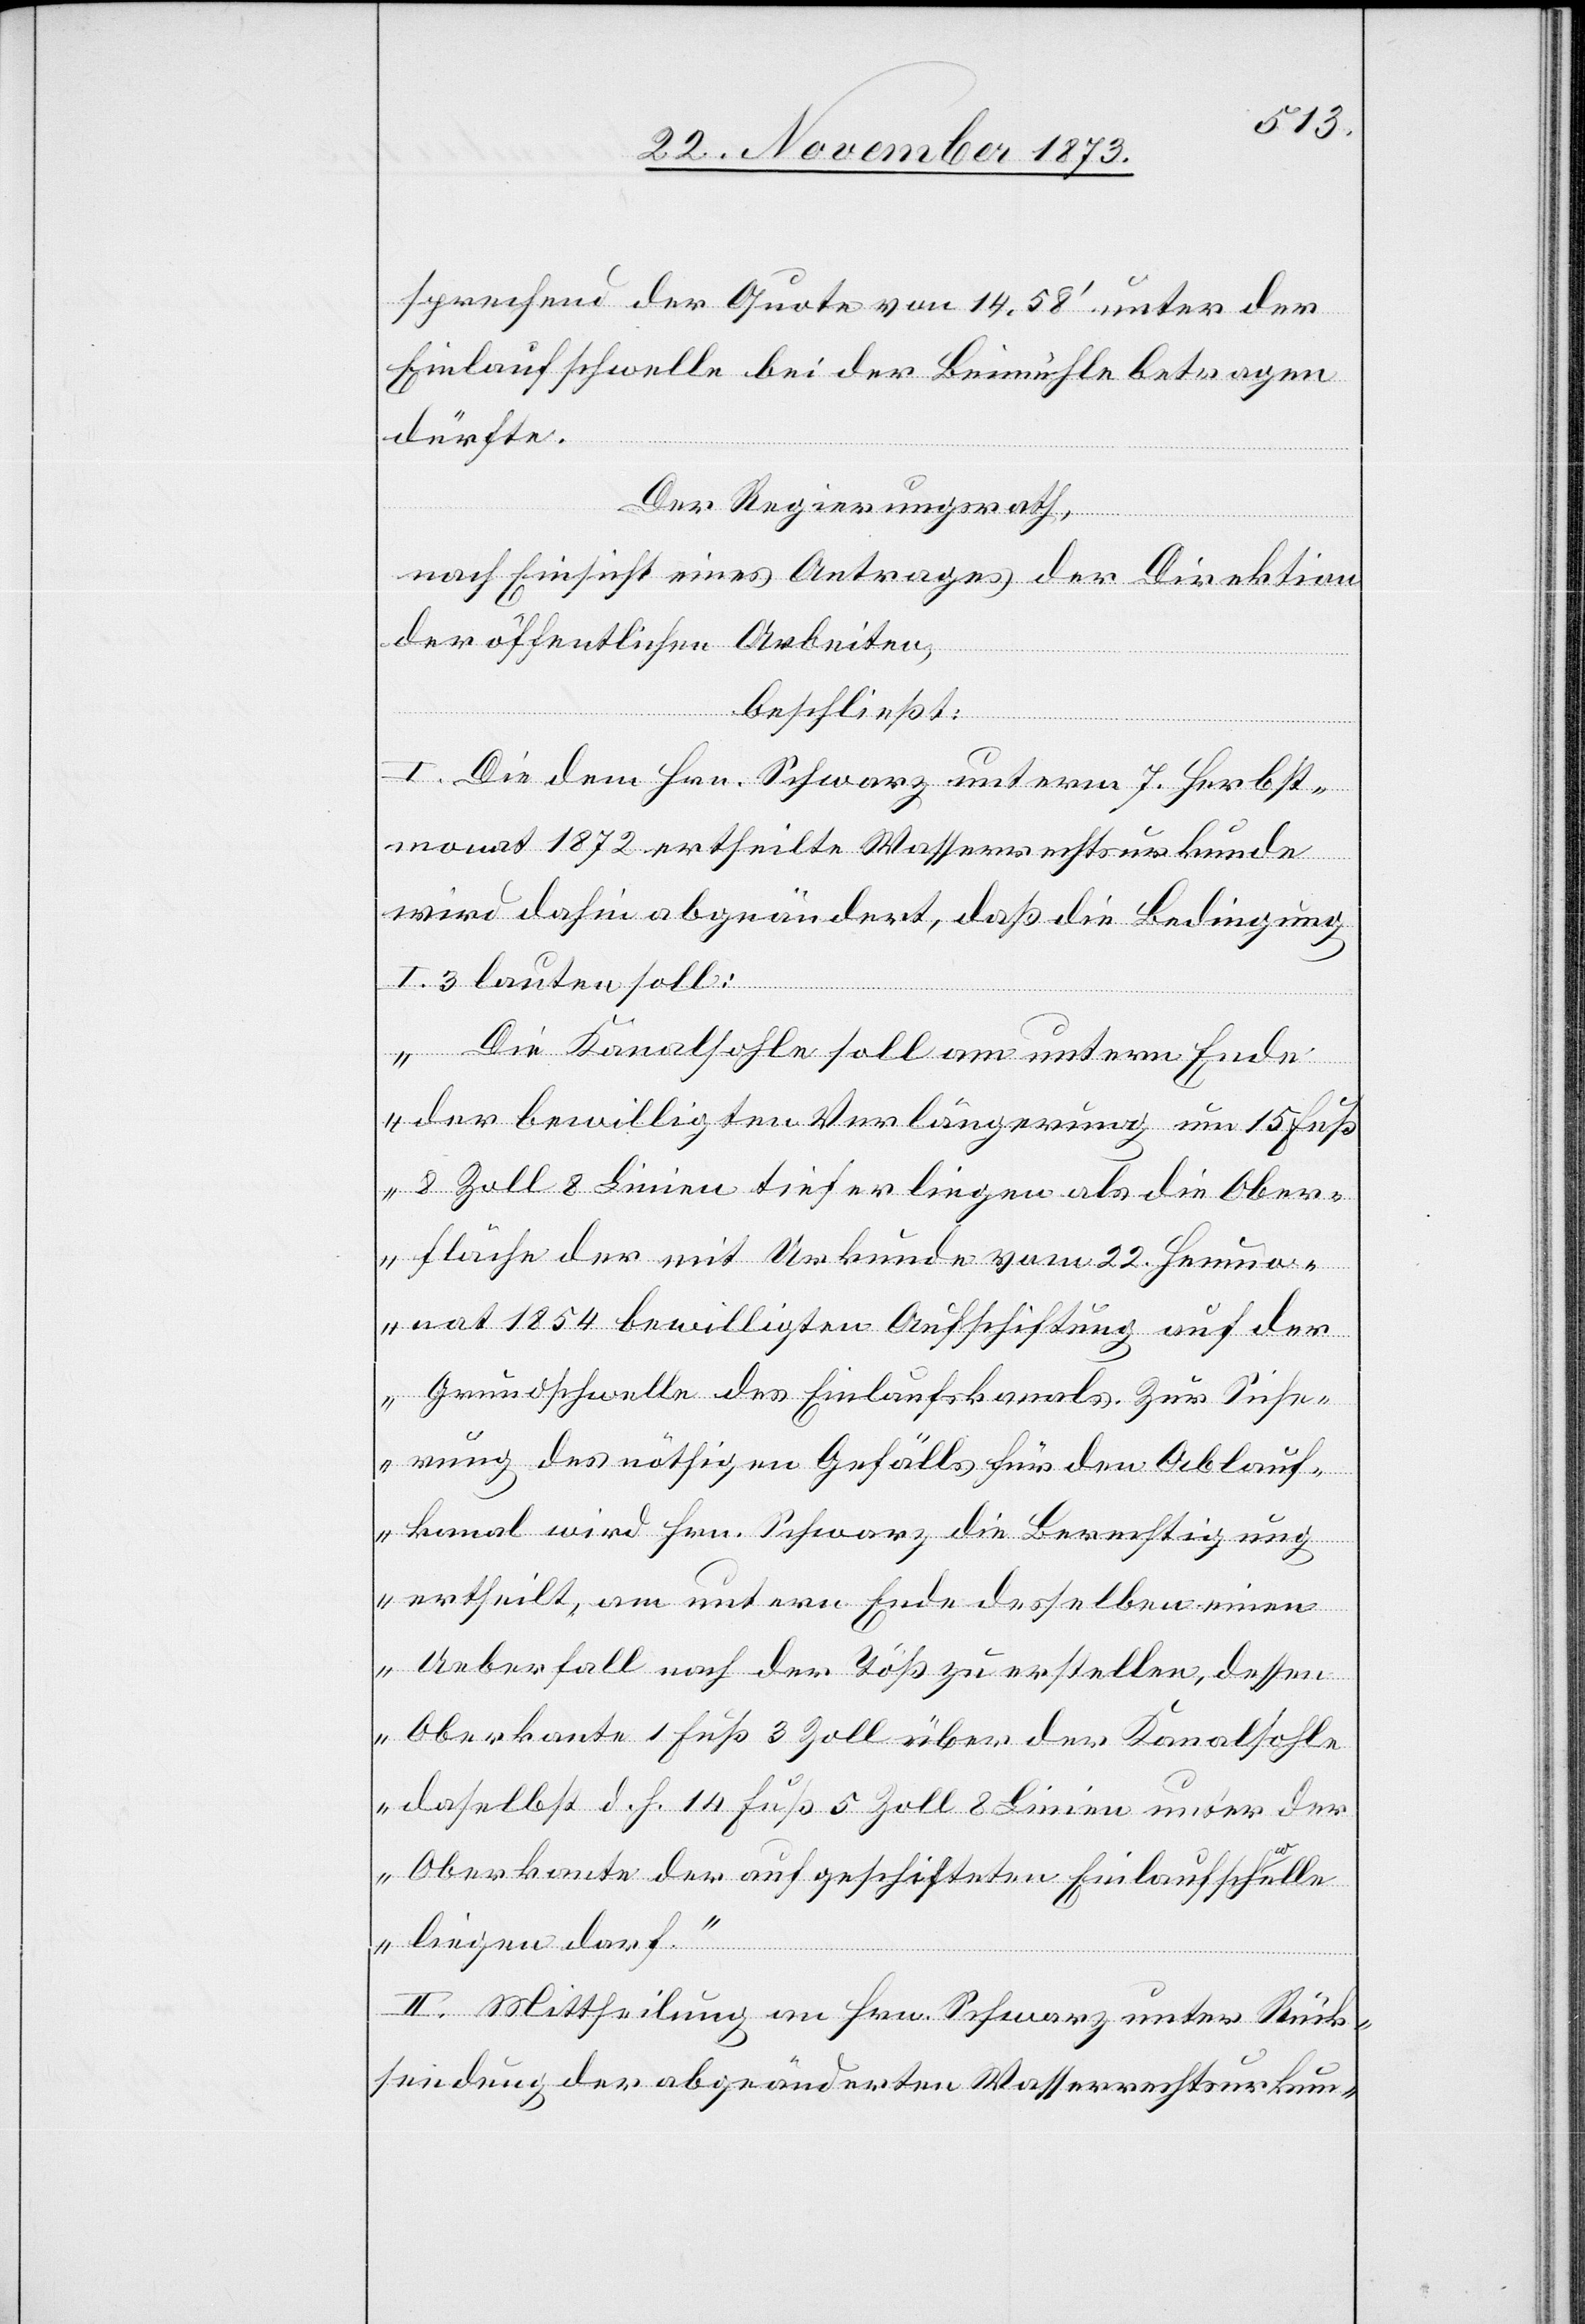
sprechend der Quote von 14,58‘ unter der
Einlaufschwelle bei der Beimühle betragen
dürfte.
Der Regierungsrath,
nach Einsicht eines Antrages der Direktion
der öffentlichen Arbeiten,
beschließt:
I. Die dem Hrn. Schwarz unterm 7. Herbst¬
monat 1872 ertheilte Wasserrechtsurkunde
wird dahin abgeändert, daß die Bedingung
I. 3 lauten soll:
„Die Kanalsohle soll am untern Ende
der bewilligten Verlängerung um 15 Fuß
8 Zoll 8 Linien tiefer liegen als die Ober¬
fläche der mit Urkunde vom 22. Heumo¬
nat 1854 bewilligten Aufschiftung auf der
Grundschwelle des Einlaufskanals. Zur Siche¬
rung des nöthigen Gefälls für den Ablauf¬
kanal wird Hrn. Schwarz die Berechtigung
ertheilt, am untern Ende desselben einen
Ueberfall nach der Töß zu erstellen, dessen
Oberkante 1 Fuß 3 Zoll über der Kanalsohle
daselbst d. h. 14 Fuß 5 Zoll 8 Linien unter der
Oberkante der aufgeschifteten Einlaufschwelle
liegen darf.“
II. Mittheilung an Hrn. Schwarz unter Rück¬
sendung der abgeänderten Wasserrechtsurkun-